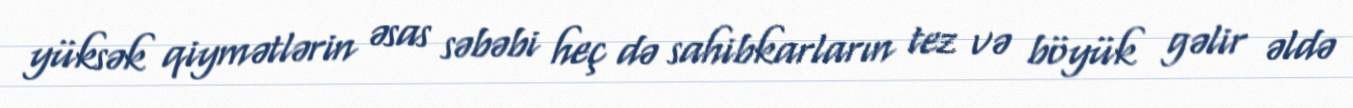
yüksək qiymətlərin əsas səbəbi heç də sahibkarların tez və böyük gəlir əldə